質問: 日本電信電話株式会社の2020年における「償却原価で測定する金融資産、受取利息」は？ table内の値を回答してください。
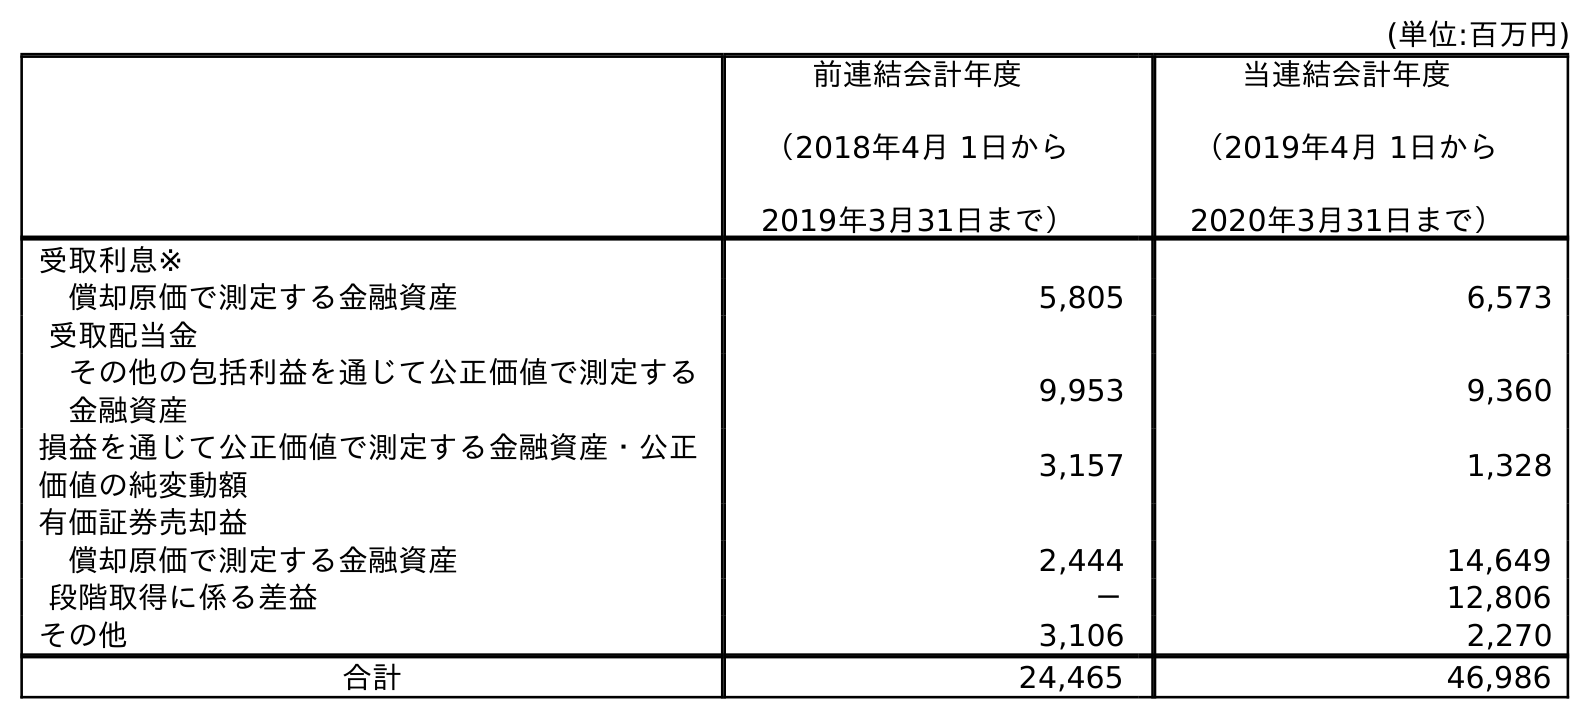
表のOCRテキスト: (単位:百万円) 前連結会計年度 （2018年4月 1日から 2019年3月31日まで） 当連結会計年度 （2019年4月 1日から 2020年3月31日まで） 受取利息※ 償却原価で測定する金融資産 5,805 6,573 受取配当金 その他の包括利益を通じて公正価値で測定する 金融資産 9,953 9,360 損益を通じて公正価値で測定する金融資産・公正 価値の純変動額 3,157 1,328 有価証券売却益 償却原価で測定する金融資産 2,444 14,649 段階取得に係る差益 － 12,806 その他 3,106 2,270 合計 24,465 46,986
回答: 6,573